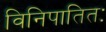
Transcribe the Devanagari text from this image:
विनिपातितः